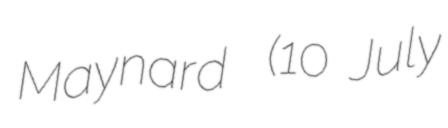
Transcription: Maynard  (10 July